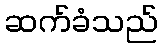
ဆက်ခံသည်